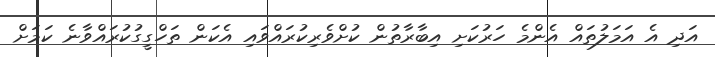
އަދި އެ އަމަލުތައް އެންމެ ހަރުކަށި އިބާރާތުން ކުށްވެރިކުރައްވައި އެކަން ތަހްގީގުކުރައްވާނެ ކަމަށް